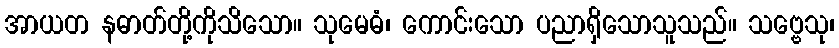
အာယတ နဓာတ်တို့ကိုသိသော။ သုမေဓံ၊ ကောင်းသော ပညာရှိသောသူသည်။ သဗ္ဗေသု၊